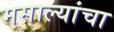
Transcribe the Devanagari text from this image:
मसाल्यांचा